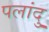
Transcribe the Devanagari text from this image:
पलांदु